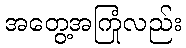
အတွေ့အကြုံလည်း